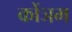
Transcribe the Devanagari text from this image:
कोंञम